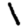
Digit: 1